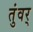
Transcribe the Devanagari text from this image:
तुंवर्